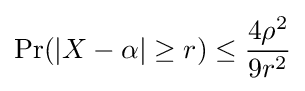
\operatorname {Pr} (|X-\alpha |\geq r)\leq {\frac {4\rho ^{2}}{9r^{2}}}